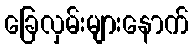
ခြေလှမ်းများနောက်